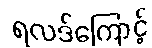
ရလဒ်ကြောင့်